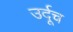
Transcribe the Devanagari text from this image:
उर्दूच